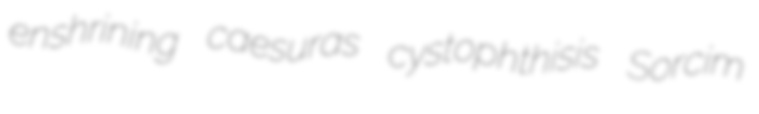
enshrining caesuras cystophthisis Sorcim